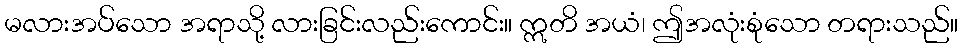
မလားအပ်သော အရာသို့ လားခြင်းလည်းကောင်း။ ဣတိ အယံ၊ ဤအလုံးစုံသော တရားသည်။